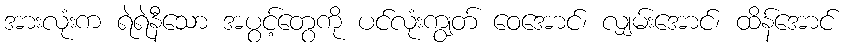
အားလုံးက ရဲရဲနီသော အပွင့်တွေကို ပင်လုံးကျွတ် ဝေအောင်၊ လျှမ်းအောင်၊ ထိန်အောင်